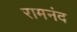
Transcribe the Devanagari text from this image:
रामनंद